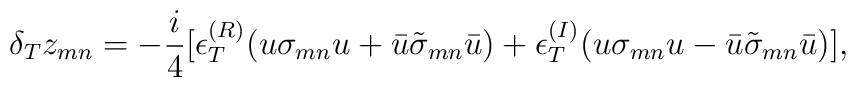
\delta_T z_{mn}=-\frac{i}{4}[\epsilon^{(R)}_T(u\sigma_{mn}u+\bar u\tilde\sigma_{mn}\bar u)+\epsilon^{(I)}_T(u\sigma_{mn}u-\bar u\tilde\sigma_{mn}\bar u)],